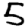
Digit: 5